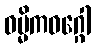
ဓမ္မိကဝဂ္ဂေါ